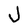
Character: J